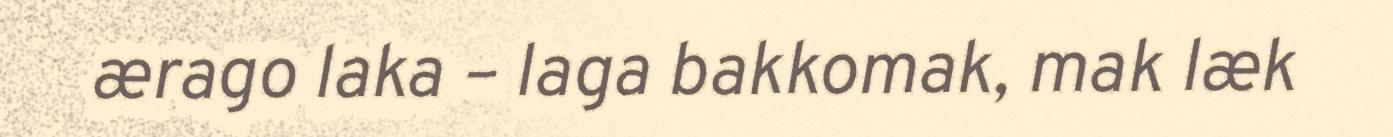
ærago laka – laga bakkomak, mak læk